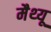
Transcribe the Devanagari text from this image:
मैथ्‍यू